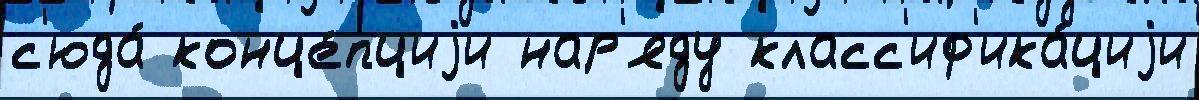
с'юда́ конце́пциjи нар'яду класс'иф'ика́циjи